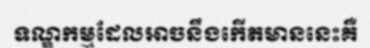
ទណ្ឌកម្មដែលអាចនឹងកើតមាននេះគឺ